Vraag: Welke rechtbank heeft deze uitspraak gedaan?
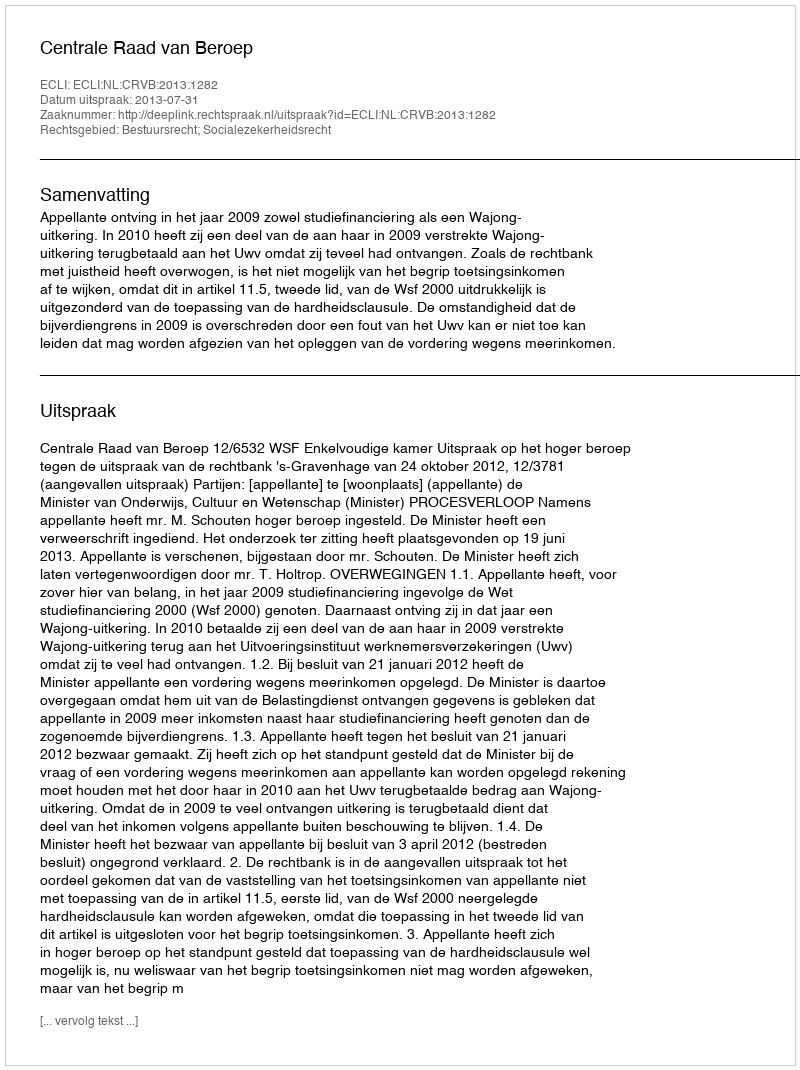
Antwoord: Centrale Raad van Beroep